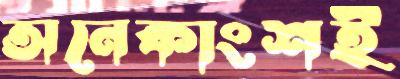
অনেকাংশই